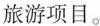
旅游项目。